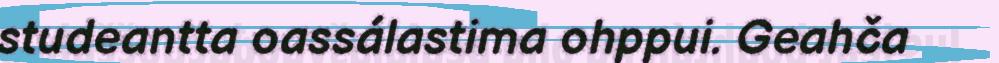
studeantta oassálastima ohppui. Geahča